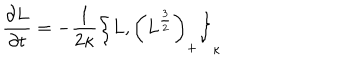
LaTeX: { \frac { \partial L } { \partial t } } = - { \frac { 1 } { 2 \kappa } } \left\{ L , \left( L ^ { \frac { 3 } { 2 } } \right) _ { + } \right\} _ { \kappa }